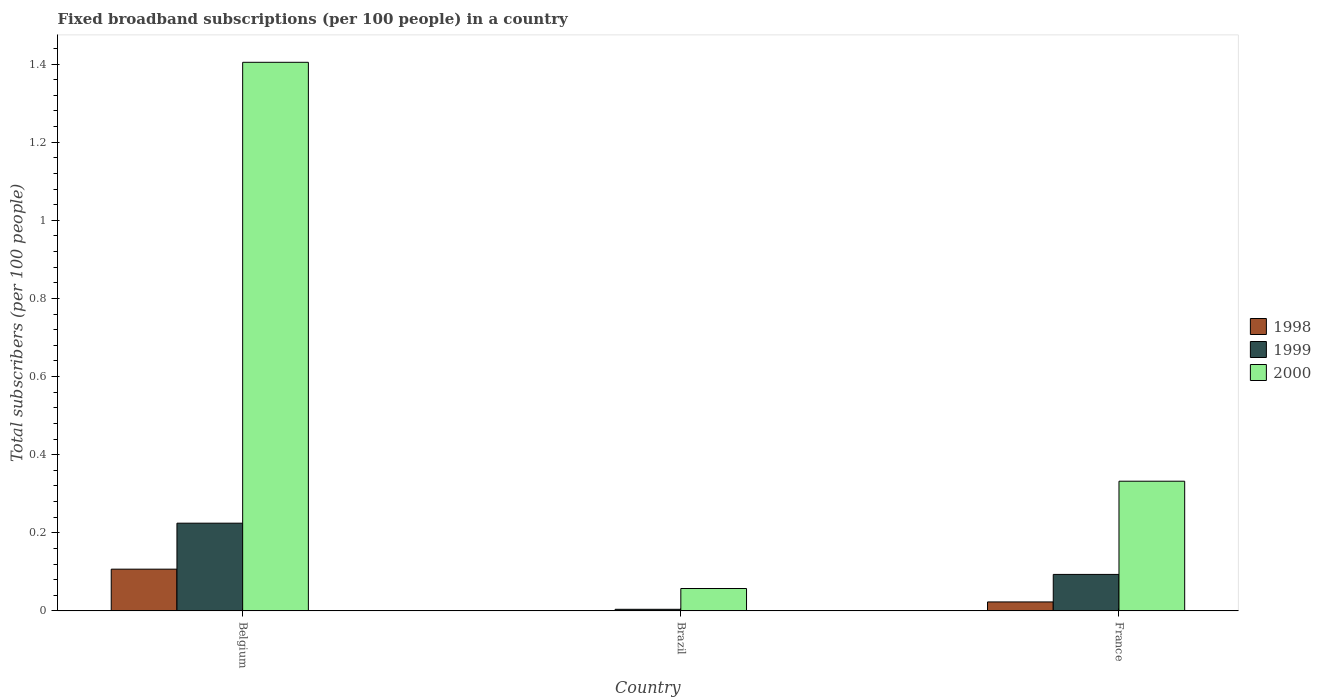
| Country | 1998 | 1999 | 2000 |
 | --- | --- | --- | --- |
 | Belgium | 0.107 | 0.225 | 1.4 |
 | Brazil | 0.00059 | 0.00407 | 0.0573 |
 | France | 0.023 | 0.0934 | 0.332 |